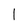
Character: l